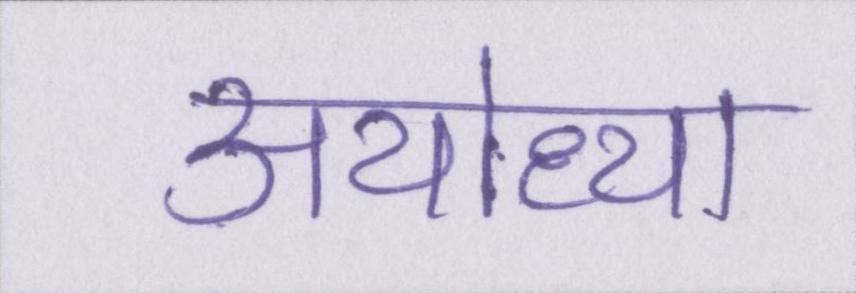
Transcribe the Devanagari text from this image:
अयोध्या